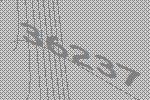
36237